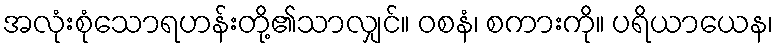
အလုံးစုံသောရဟန်းတို့၏သာလျှင်။ ဝစနံ၊ စကားကို။ ပရိယာယေန၊